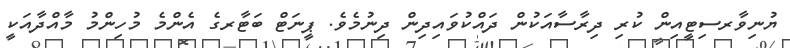
ޔުނިވާރސިޓީއިން ކުރި ދިރާސާއަކުން ދައްކުވައިދިން ދިނުމެވެ. ޕީނަޓް ބަޓާރގެ އެންމެ މުހިންމު މާއްދާއަކީ